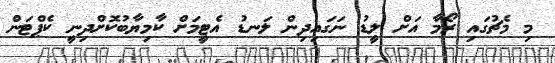
މި މެޗުގައި ރޯމާ އަށް ލީޑު ނަގައިދިން ލަނޑު އެޓީމަށް ކާމިޔާބުކޮށްދިނީ ކެޕްޓަން